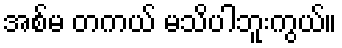
အစ်မ တကယ် မသိပါဘူးကွယ်။